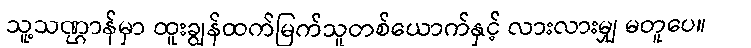
သူ့သဏ္ဌာန်မှာ ထူးချွန်ထက်မြက်သူတစ်ယောက်နှင့် လားလားမျှ မတူပေ။